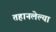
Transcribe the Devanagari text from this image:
तहानलेल्या